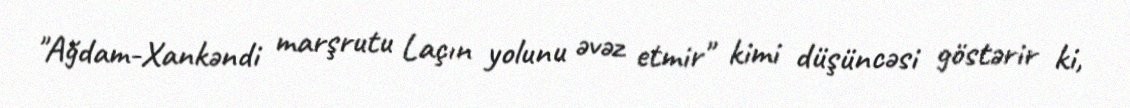
"Ağdam-Xankəndi marşrutu Laçın yolunu əvəz etmir" kimi düşüncəsi göstərir ki,